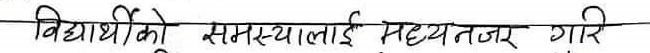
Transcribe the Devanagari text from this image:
विद्यार्थीको समस्यालाई सह्यतजर गरि